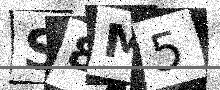
Text: S8M5